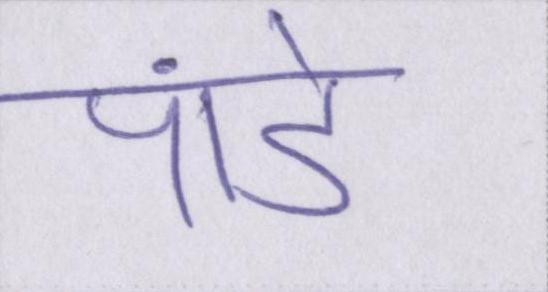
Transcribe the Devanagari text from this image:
पांडे